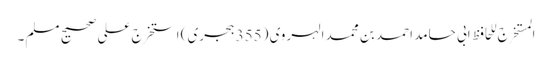
المستخرج للحافظ ابی حامد احمد بن محمد الہروی (355 ہجری) استخرج علی صحیح مسلم۔